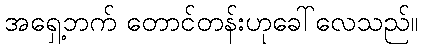
အရှေ့ဘက် တောင်တန်းဟုခေါ်လေသည်။